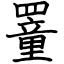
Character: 罿